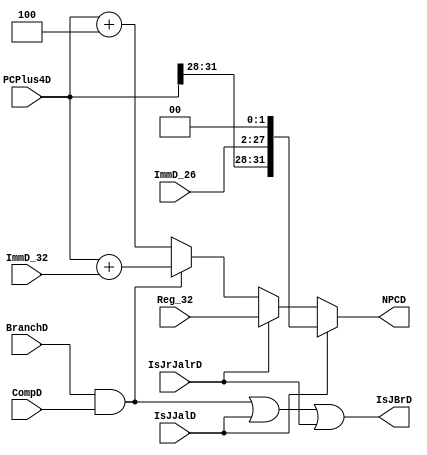
module NPC(												//
  input   [31:0]  PCPlus4D,								//PC+4 
  input   [25:0]  ImmD_26,								// 26 
  input   [31:0]  ImmD_32, Reg_32,						//
  input           IsJJalD, IsJrJalrD, BranchD, CompD,	// 
  output  [31:0]  NPCD,									//
  output          IsJBrD								///
  );
  
  assign NPCD = (IsJJalD)           ? {PCPlus4D[31:28], ImmD_26, 2'b00} : // PC[31:28]
                (IsJrJalrD)         ? Reg_32 :                            //
                (BranchD && CompD)  ? PCPlus4D + ImmD_32 : PCPlus4D + 4;  // PC+4(Pplus4)+sign-extend(immediate))*4
  assign IsJBrD = ((BranchD && CompD) || IsJJalD || IsJrJalrD);
  
endmodule